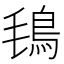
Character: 𩿂